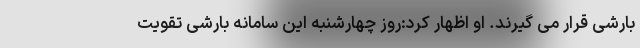
بارشی قرار می گیرند. او اظهار کرد:روز چهارشنبه این سامانه بارشی تقویت